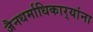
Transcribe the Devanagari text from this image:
जैनधर्माधिकार्‍यांना